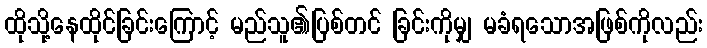
ထိုသို့နေထိုင်ခြင်းကြောင့် မည်သူ၏ပြစ်တင် ခြင်းကိုမျှ မခံရသောအဖြစ်ကိုလည်း